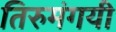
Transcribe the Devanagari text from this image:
तिरुमंगयी